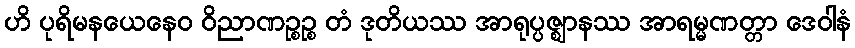
ဟိ ပုရိမနယေနေဝ ဝိညာဏဉ္စဉ္စ တံ ဒုတိယဿ အာရုပ္ပဇ္ဈာနဿ အာရမ္မဏတ္တာ ဒေဝါနံ